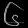
Digit: ၆